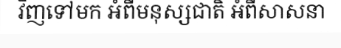
វិញទៅមក អំពីមនុស្សជាតិ អំពីសាសនា